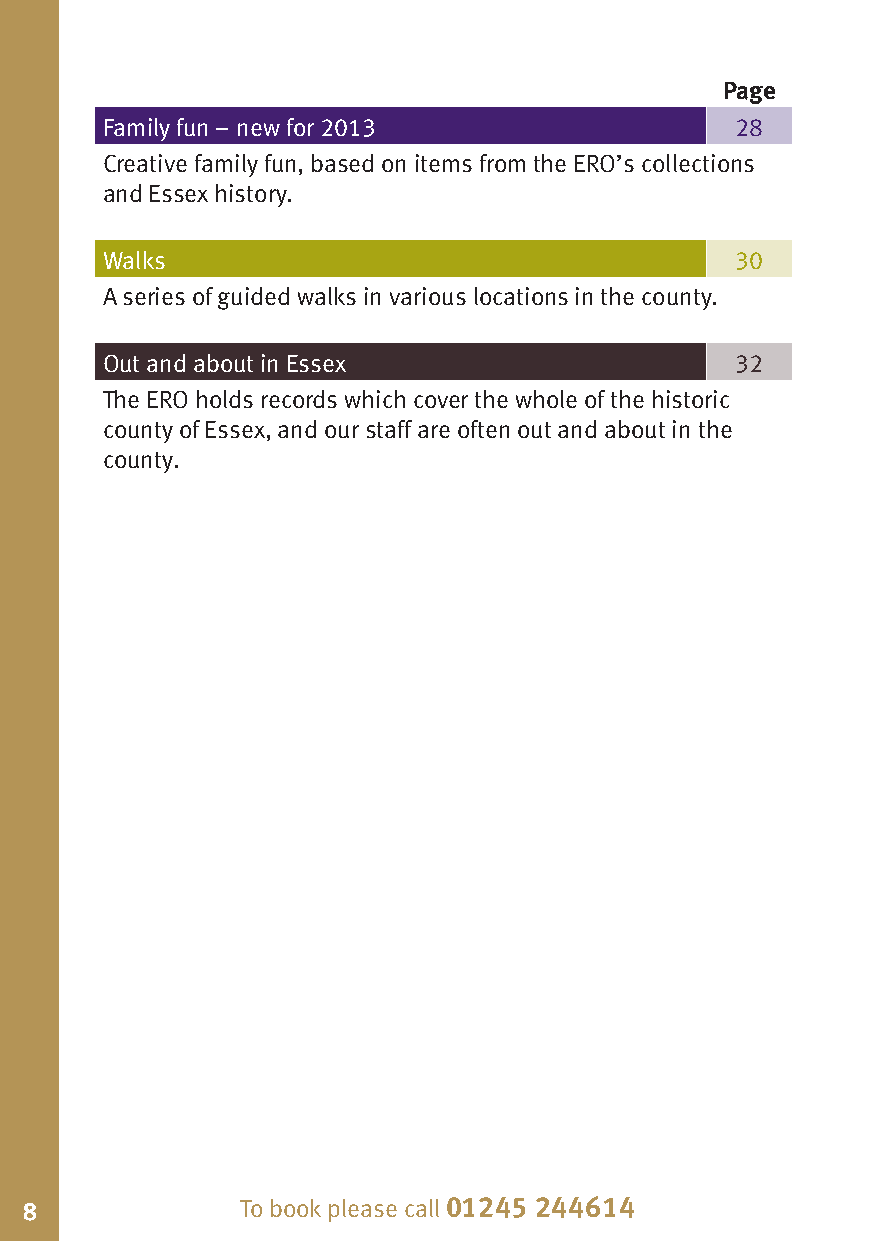
Page
 Family fun – new for 2013                 28
 Creative family fun, based on items from the ERO’s collections
 and Essex history.
 Walks                                     30
 A series of guided walks in various locations in the county.
 Out and about in Essex                    32
 The ERO holds records which cover the whole of the historic
 county of Essex, and our staff are often out and about in the
 county.
 8              To book please call 01245 244614                          To book please call 01245 244614